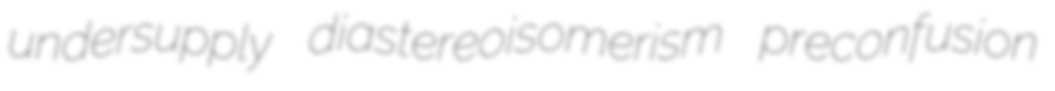
undersupply diastereoisomerism preconfusion